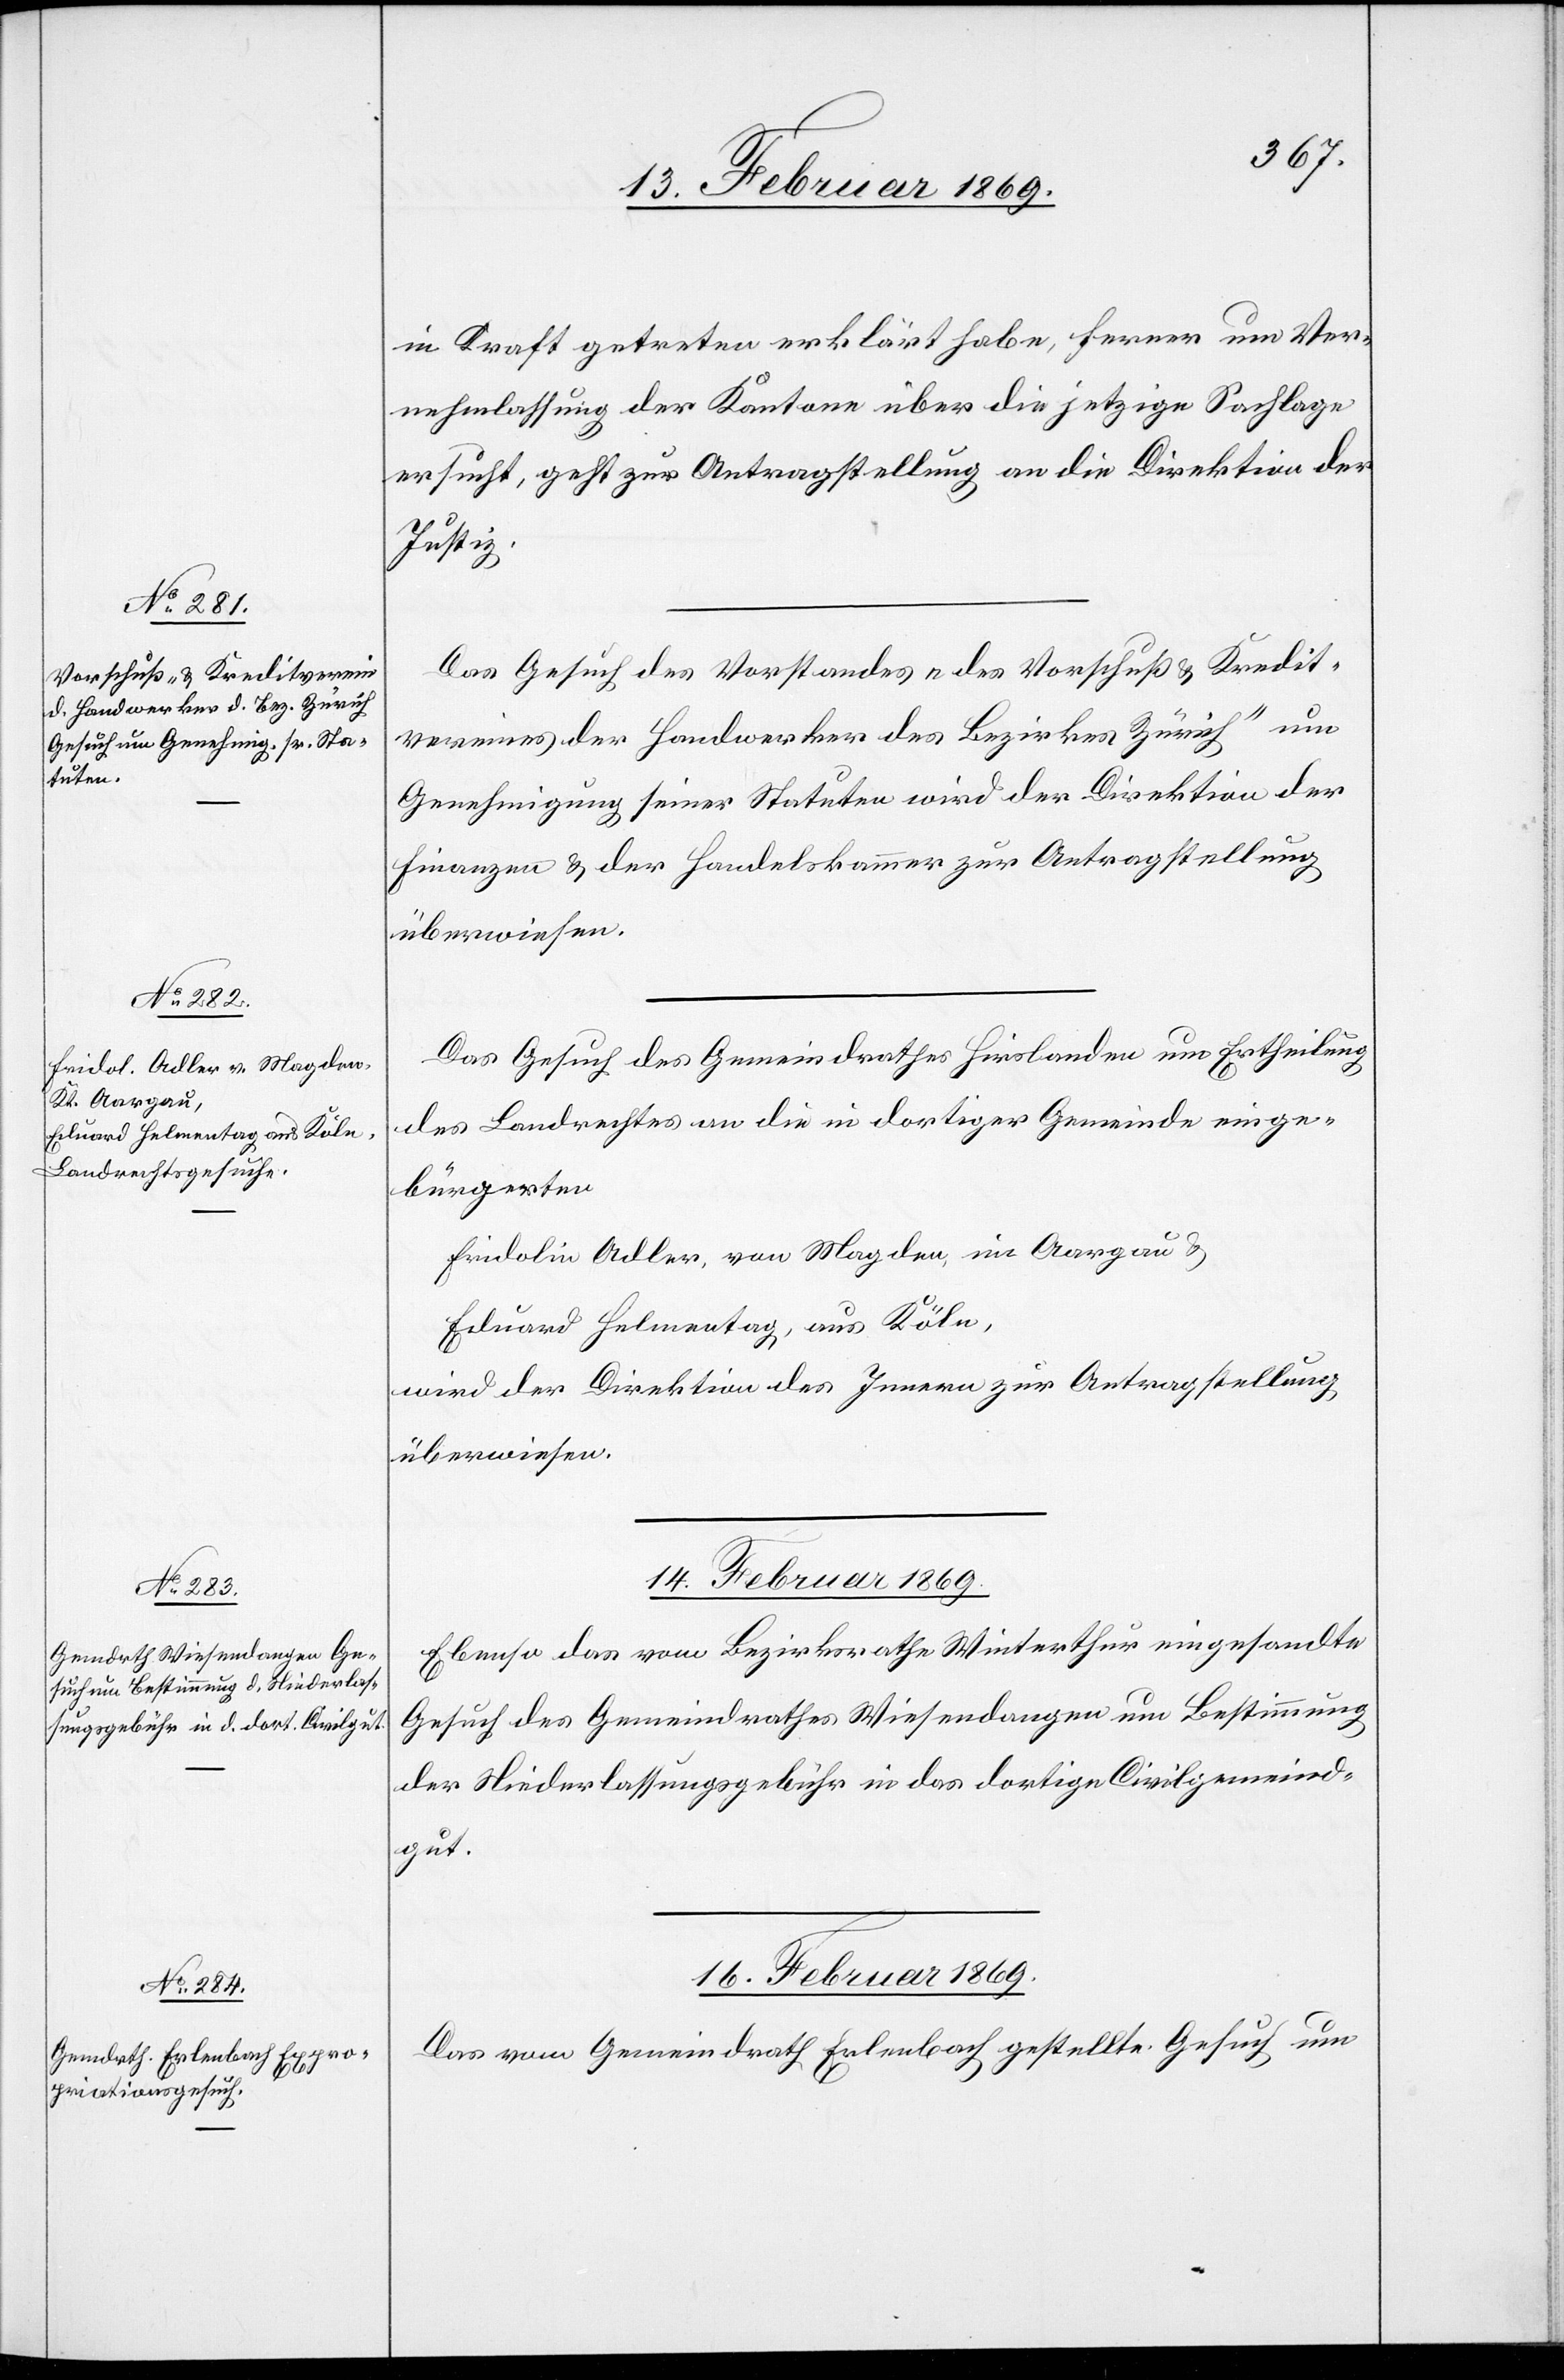
13. Februar 1869.]
in Kraft getreten erklärt habe, ferner um Ver¬
nehmlassung der Kantone über die hiesige Sachlage
ersucht, geht zur Antragstellung an die Direktion der
Justiz.
Das Gesuch des Vorstandes „des Vorschuß & Kredit¬
vereines der Handwerker des Bezirkes Zürich“ um
Genehmigung seiner Statuten wird der Direktion der
Finanzen & der Handelskammer zur Antragstellung
überwiesen.
Das Gesuch des Gemeindrathes Hirslanden um Ertheilung
des Landrechtes an die in dortiger Gemeinde einge¬
bürgerten
Fridolin Adler, von Magden, in Aargau u.
Eduard Helmentag, aus Köln,
wird der Direktion des Innern zur Antragstellung
überwiesen.
14. Februar 1869.
Ebenso das vom Bezirksrathe Winterthur eingesandte
Gesuch des Gemeindrathes Wiesendangen um Bestimmung
der Niederlassungsgebühr in das dortige Civilgemeind¬
gut.
16. Februar 1869.
Das vom Gemeindrath Erlenbach gestellte Gesuch um